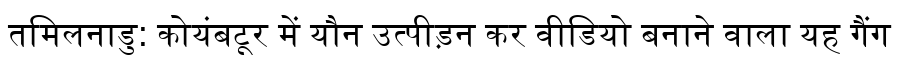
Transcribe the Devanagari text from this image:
तमिलनाडु: कोयंबटूर में यौन उत्पीड़न कर वीडियो बनाने वाला यह गैंग